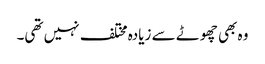
وہ بھی چھوٹے سے زیادہ مختلف نہیں تھی۔